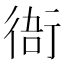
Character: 𧗮